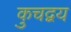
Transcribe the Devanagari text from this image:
कुचद्वय